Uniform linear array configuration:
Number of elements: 64
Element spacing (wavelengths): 1
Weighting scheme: exponential
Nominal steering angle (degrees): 45
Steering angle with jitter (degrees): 45.077
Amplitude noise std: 0.05
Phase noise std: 0.05

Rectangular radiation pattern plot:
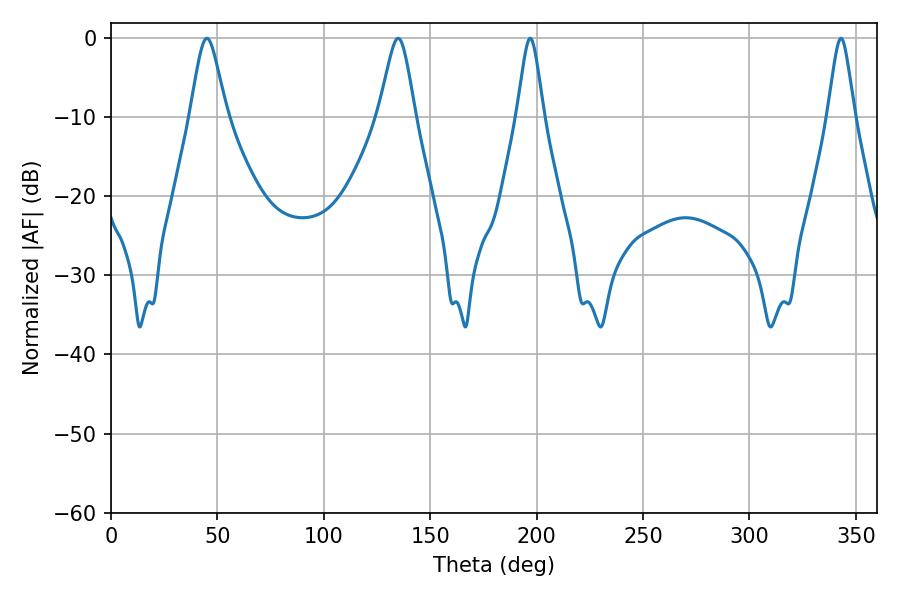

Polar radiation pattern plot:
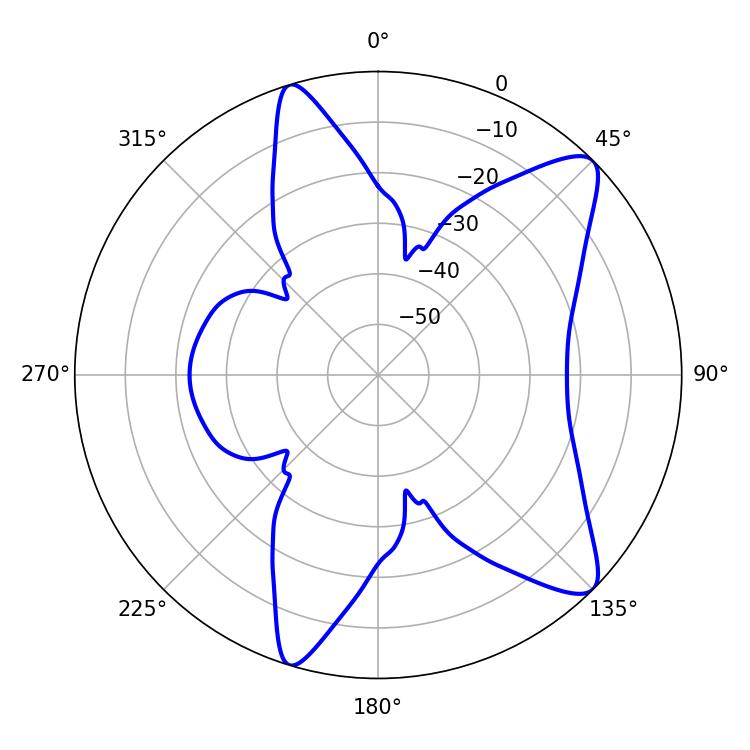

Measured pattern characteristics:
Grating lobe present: TRUE
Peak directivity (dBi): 10.409
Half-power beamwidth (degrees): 8.28
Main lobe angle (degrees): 45